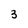
Character: 3